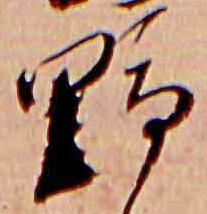
野